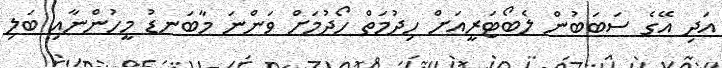
އަދި އޭގެ ސަބަބުން ލެބޯޓަރީއަށް ހިދުމަތް ހޯދުމަށް ވަންނަ މާބަނޑު މީހުންނާއި ބަލި